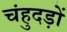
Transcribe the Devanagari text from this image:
चंहुदड़ों